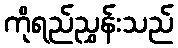
ကိုရည်ညွှန်းသည်